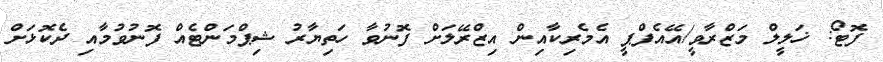
ފޮޓޯ: ޚަލީލް މަޒްރާވީ/އޭއެފްޕީ އެމެރިކާއިން އިޒްރޭލަށް ފޮނުވާ ހަތިޔާރު ޝިޕްމަންޓެއް ފޮނުވުމާއި ދެކޮޅަށް